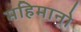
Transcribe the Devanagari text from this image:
महिमानो